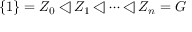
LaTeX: \{ 1 \} = Z _ { 0 } \triangleleft Z _ { 1 } \triangleleft \dots \triangleleft Z _ { n } = G